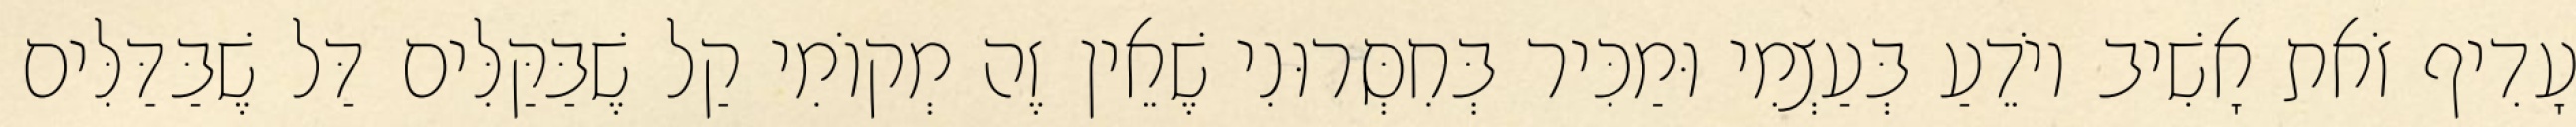
עָדִיף זֹאת אָשִׁיב יוֹדֵעַ בְּעַצְמִי וּמַכִּיר בְּחִסְּרוּנִי שֶׁאֵין זֶה מְקוֹמִי קַל שֶׁבַּקַּלִּים דַּל שֶׁבַּדַּלִּים